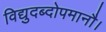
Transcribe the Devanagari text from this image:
विद्युदब्दोपमानौ।